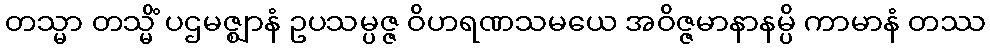
တသ္မာ တသ္မိံ ပဌမဇ္ဈာနံ ဥပသမ္ပဇ္ဇ ဝိဟရဏသမယေ အဝိဇ္ဇမာနာနမ္ပိ ကာမာနံ တဿ